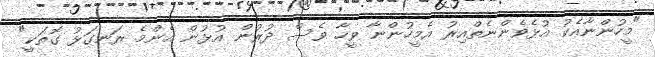
"މީހުންނާއެކު އުޅެވެންނެތްއިރު އެމީހުންނާ ވީހާ ވެސް ދުރުން އުޅުން އެންމެ ރަނގަޅު ގޮތަކީ"